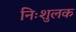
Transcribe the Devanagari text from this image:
निःशुलक